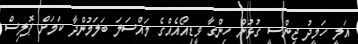
އަލީ ހަމީދު ޖިންސީ ގުޅުން ހިންގާ ވީޑިއޯއެއްގެ މައްސަލަ ބަލަމުންދާ ކަމަށް ޕޮލިސް